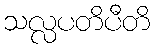
သလ္လပတိပီတိ